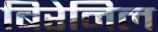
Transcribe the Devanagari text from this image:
बिरेनिल